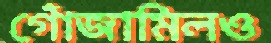
গোঁজামিলও